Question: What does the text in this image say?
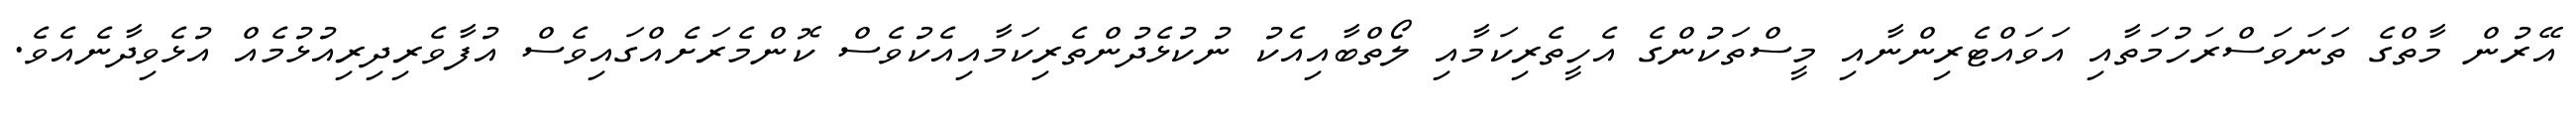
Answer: އޭރުން މާތްގެ ތަނަވަސްރަހުމަތާއި އަވައްޓެރިންނާއި މީސްތަކުންގެ އެހީތެރިކަމާއި ލޯތްބާއިއެކު ނުކުޅެދުންތެރިކަމާއިއެކުވެސް ކޮންމެރަށެއްގައިވެސް އުފާވެރިދިރިއުޅުމެއް އުޅެވިދާނެއެވެ.